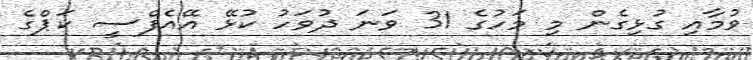
ވުމާއި ގުޅިގެން މި މަހުގެ 31 ވަނަ ދުވަހު ކުޅޭ އޭއެފްސީ ކަޕްގެ